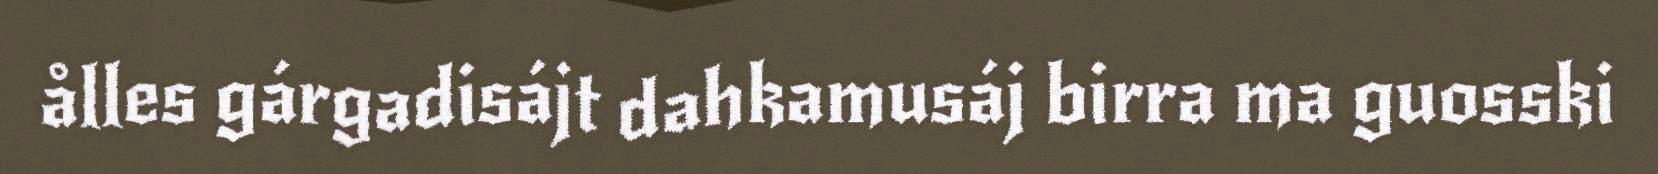
ålles gárgadisájt dahkamusáj birra ma guosski